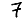
Digit: 7